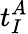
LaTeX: t_{I}^{A}